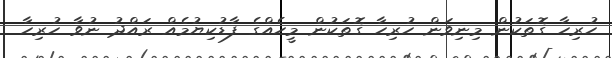
ހުރިހާ ގޮތަކުން މިނިވަން ހުރިހާ ގޮތަކުން މީހެއްގެ ފާޑުކިޔުމެއް ރައްދު ނުވާ ހުރިހާ